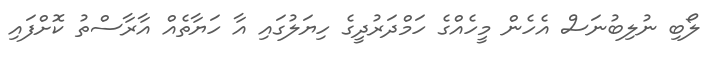
ލޯބި ނުލިބުނަސް އެހެން މީހެއްގެ ހަމްދަރުދީގެ ހިޔަލުގައި އާ ހަޔާތެއް އާރާސްތު ކޮށްފައި